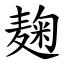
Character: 麹